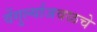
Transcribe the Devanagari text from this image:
वेंगुर्ल्याजवळचे